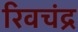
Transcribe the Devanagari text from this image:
रिवचंद्र